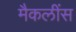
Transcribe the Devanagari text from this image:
मैकलींस